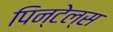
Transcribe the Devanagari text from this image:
पिन्टेल्स